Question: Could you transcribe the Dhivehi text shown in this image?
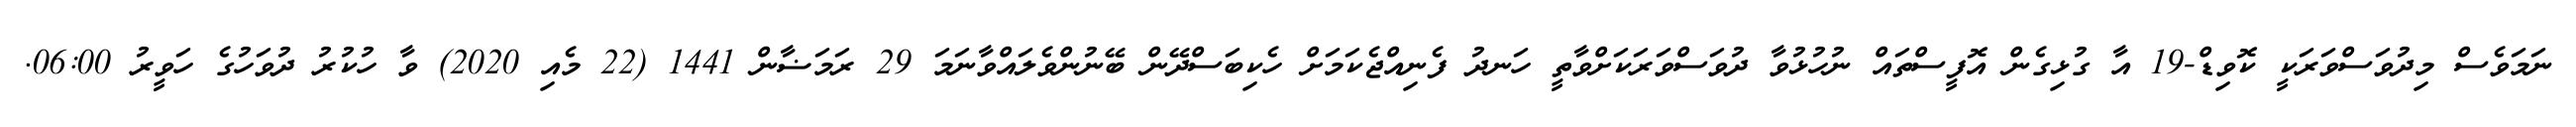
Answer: ނަމަވެސް މިދުވަސްވަރަކީ ކޮވިޑް-19 އާ ގުޅިގެން އޮފީސްތައް ނުހުޅުވާ ދުވަސްވަރަކަށްވާތީ ހަނދު ފެނިއްޖެކަމަށް ހެކިބަސްދޭން ބޭނުންވެލައްވާނަމަ 29 ރަމަޟާން 1441 (22 މެއި 2020) ވާ ހުކުރު ދުވަހުގެ ހަވީރު 06:00.